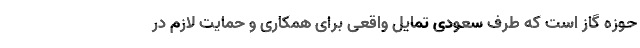
حوزه گاز است که طرف سعودی تمایل واقعی برای همکاری و حمایت لازم در